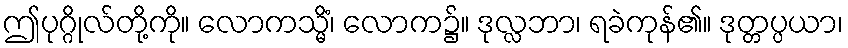
ဤပုဂ္ဂိုလ်တို့ကို။ လောကသ္မိံ၊ လောက၌။ ဒုလ္လဘာ၊ ရခဲကုန်၏။ ဒုတ္တပ္ပယာ၊